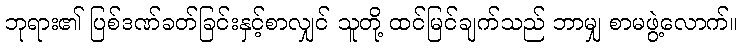
ဘုရား၏ ပြစ်ဒဏ်ခတ်ခြင်းနှင့်စာလျှင် သူတို့ ထင်မြင်ချက်သည် ဘာမျှ စာမဖွဲ့လောက်။